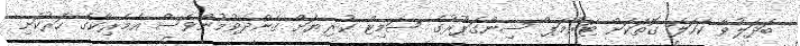
ބަދަލުވާ ކަހަލަ ގޮތަކަށް ޓަރްމަޕް ސިންގަޕޫރުގެ ސަމިޓް ކުރިޔަށް ގެންދެވުމުންވެސް އެމެރިކާގެ ހަރުކަށި